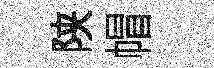
陕帽